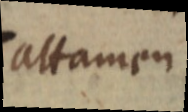
attamen